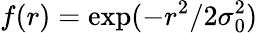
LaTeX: f(r)=\exp(-r^{2}/2\sigma_{0}^{2})